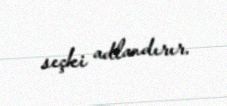
seçki adlandırır.